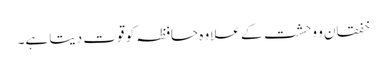
خفقان و وحشت کے علاوہ حافظہ کو قوت دیتا ہے۔